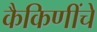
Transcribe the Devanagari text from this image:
कैकिणींचे